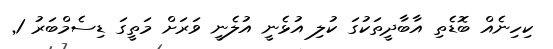
ކިހިނެއް ބޮޑެތި އާބާދީތަކުގަ ކުލި އުޅެނީ އުލެނީ ވަރަށް މަތީގަ ޑިސެމްބަރު 1